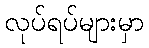
လုပ်ရပ်များမှာ